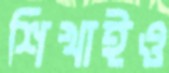
শিখাইও